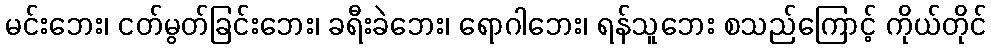
မင်းဘေး၊ ငတ်မွတ်ခြင်းဘေး၊ ခရီးခဲဘေး၊ ရောဂါဘေး၊ ရန်သူဘေး စသည်ကြောင့် ကိုယ်တိုင်